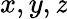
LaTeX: x,y,\mathit{z}